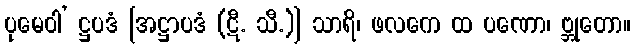
ပုမေဝါ’ ဋ္ဌပဒံ [အဋ္ဌာပဒံ (ဋီ. သီ.)] သာရိ၊ ဖလကေ ထ ပဏော၊ ဗ္ဘုတော။